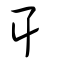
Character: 耳